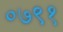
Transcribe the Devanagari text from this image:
०७९१